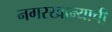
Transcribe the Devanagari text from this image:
नगरखान्याची